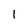
Character: I